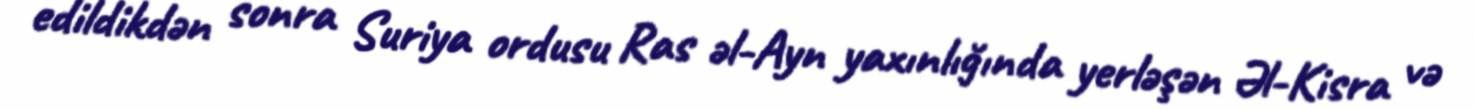
edildikdən sonra Suriya ordusu Ras əl-Ayn yaxınlığında yerləşən Əl-Kisra və